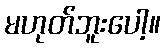
မဟုတ်ဘူးပေါ့။